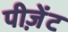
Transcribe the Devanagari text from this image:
पीज़ेंट